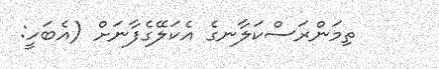
ތިމަންރަސްކަލާނގެ އެކަލޭގެފާނަށް (އެބަހީ: